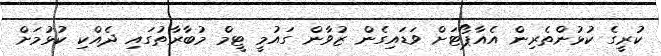
ކުރީގެ ކުޅުންތެރިން އެއާޕޯޓަށް ވަޑައިގެން ޒުވާން ގައުމީ ޓީމް މުބާރާތުގައި ދެއްކި ކުޅުމަށް